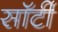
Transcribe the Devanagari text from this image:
साॅर्टी